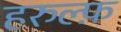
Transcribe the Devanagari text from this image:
हरुल्फ़